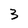
Character: 3